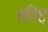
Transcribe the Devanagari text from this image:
सतिश्